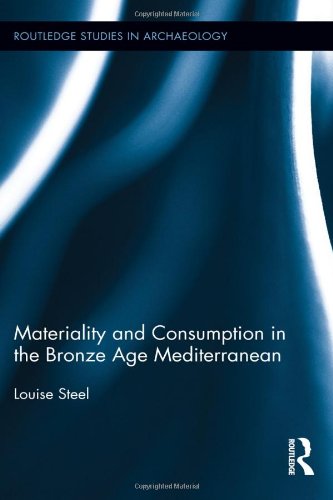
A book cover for Materiality and Consumption in the Bronze Age Mediterranean (Routledge Studies in Archaeology); Louise Steel; History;